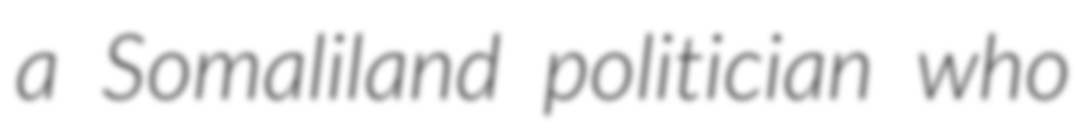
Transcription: a Somaliland politician who